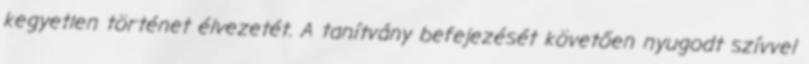
kegyetlen történet élvezetét. A tanítvány befejezését követően nyugodt szívvel